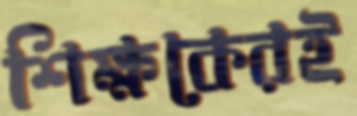
শিক্ষকেরই